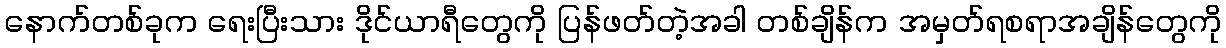
နောက်တစ်ခုက ရေးပြီးသား ဒိုင်ယာရီတွေကို ပြန်ဖတ်တဲ့အခါ တစ်ချိန်က အမှတ်ရစရာအချိန်တွေကို